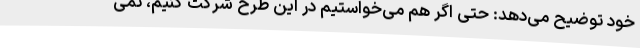
خود توضیح می‌دهد: حتی اگر هم می‌خواستیم در این طرح شرکت کنیم، نمی